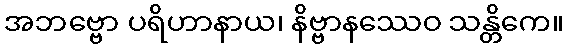
အဘဗ္ဗော ပရိဟာနာယ၊ နိဗ္ဗာနဿေဝ သန္တိကေ။